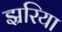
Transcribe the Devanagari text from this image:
झ्ररिया